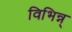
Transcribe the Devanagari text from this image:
विभिन्न्